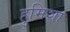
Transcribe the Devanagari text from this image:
हुमिशा